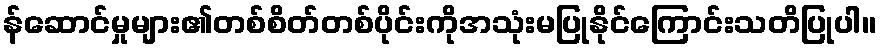
န်ဆောင်မှုများ၏တစ်စိတ်တစ်ပိုင်းကိုအသုံးမပြုနိုင်ကြောင်းသတိပြုပါ။